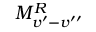
M _ { v ^ { \prime } - v ^ { \prime \prime } } ^ { { R } }